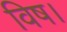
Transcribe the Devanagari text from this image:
विष।